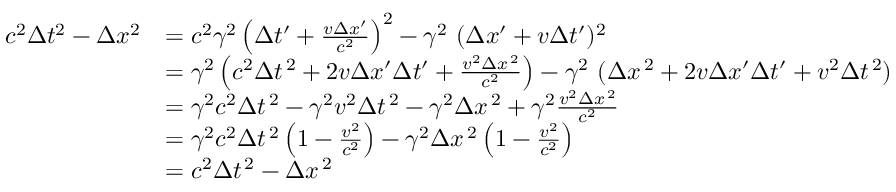
{ \begin{array} { r l } { c ^ { 2 } \Delta t ^ { 2 } - \Delta x ^ { 2 } } & { = c ^ { 2 } \gamma ^ { 2 } \left( \Delta t ^ { \prime } + { \frac { v \Delta x ^ { \prime } } { c ^ { 2 } } } \right) ^ { 2 } - \gamma ^ { 2 } \ ( \Delta x ^ { \prime } + v \Delta t ^ { \prime } ) ^ { 2 } } \\ & { = \gamma ^ { 2 } \left( c ^ { 2 } \Delta t ^ { \, 2 } + 2 v \Delta x ^ { \prime } \Delta t ^ { \prime } + { \frac { v ^ { 2 } \Delta x ^ { \, 2 } } { c ^ { 2 } } } \right) - \gamma ^ { 2 } \ ( \Delta x ^ { \, 2 } + 2 v \Delta x ^ { \prime } \Delta t ^ { \prime } + v ^ { 2 } \Delta t ^ { \, 2 } ) } \\ & { = \gamma ^ { 2 } c ^ { 2 } \Delta t ^ { \, 2 } - \gamma ^ { 2 } v ^ { 2 } \Delta t ^ { \, 2 } - \gamma ^ { 2 } \Delta x ^ { \, 2 } + \gamma ^ { 2 } { \frac { v ^ { 2 } \Delta x ^ { \, 2 } } { c ^ { 2 } } } } \\ & { = \gamma ^ { 2 } c ^ { 2 } \Delta t ^ { \, 2 } \left( 1 - { \frac { v ^ { 2 } } { c ^ { 2 } } } \right) - \gamma ^ { 2 } \Delta x ^ { \, 2 } \left( 1 - { \frac { v ^ { 2 } } { c ^ { 2 } } } \right) } \\ & { = c ^ { 2 } \Delta t ^ { \, 2 } - \Delta x ^ { \, 2 } } \end{array} }